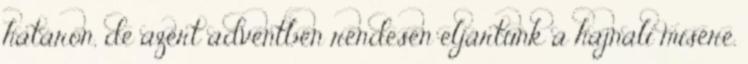
határon, de azért adventben rendesen eljártunk a hajnali misére.